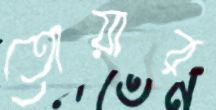
তোয়ার